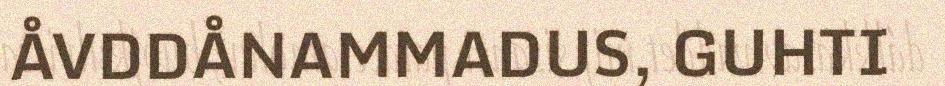
ÅVDDÅNAMMADUS, GUHTI